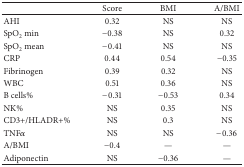
|  | Score | BMI | A/BMI |
 | --- | --- | --- | --- |
 | AHI | 0.32 | NS | NS |
 | SpO2 min | −0.38 | NS | 0.32 |
 | SpO2 mean | −0.41 | NS | NS |
 | CRP | 0.44 | 0.54 | −0.35 |
 | Fibrinogen | 0.39 | 0.32 | NS |
 | WBC | 0.51 | 0.36 | NS |
 | B cells% | −0.31 | −0.53 | 0.34 |
 | NK% | NS | 0.35 | NS |
 | CD3+/HLADR+% | NS | 0.3 | NS |
 | TNFα | NS | NS | −0.36 |
 | A/BMI | −0.4 | — | — |
 | Adiponectin | NS | −0.36 | — |